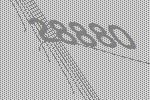
28880